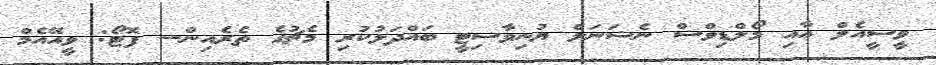
ވީސީއެލް އާއި މޯލްޑިވްސް ނެޝަނަލް ޔުނިވާސިޓީ ބައްދަލުކުރި މެޗުގެ ތެރެއިން-- ފޮޓޯ: ވީއޭއެމް